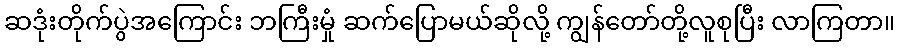
ဆဒုံးတိုက်ပွဲအကြောင်း ဘကြီးမှုံ ဆက်ပြောမယ်ဆိုလို့ ကျွန်တော်တို့လူစုပြီး လာကြတာ။